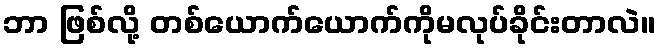
ဘာ ဖြစ်လို့ တစ်ယောက်ယောက်ကိုမလုပ်ခိုင်းတာလဲ။